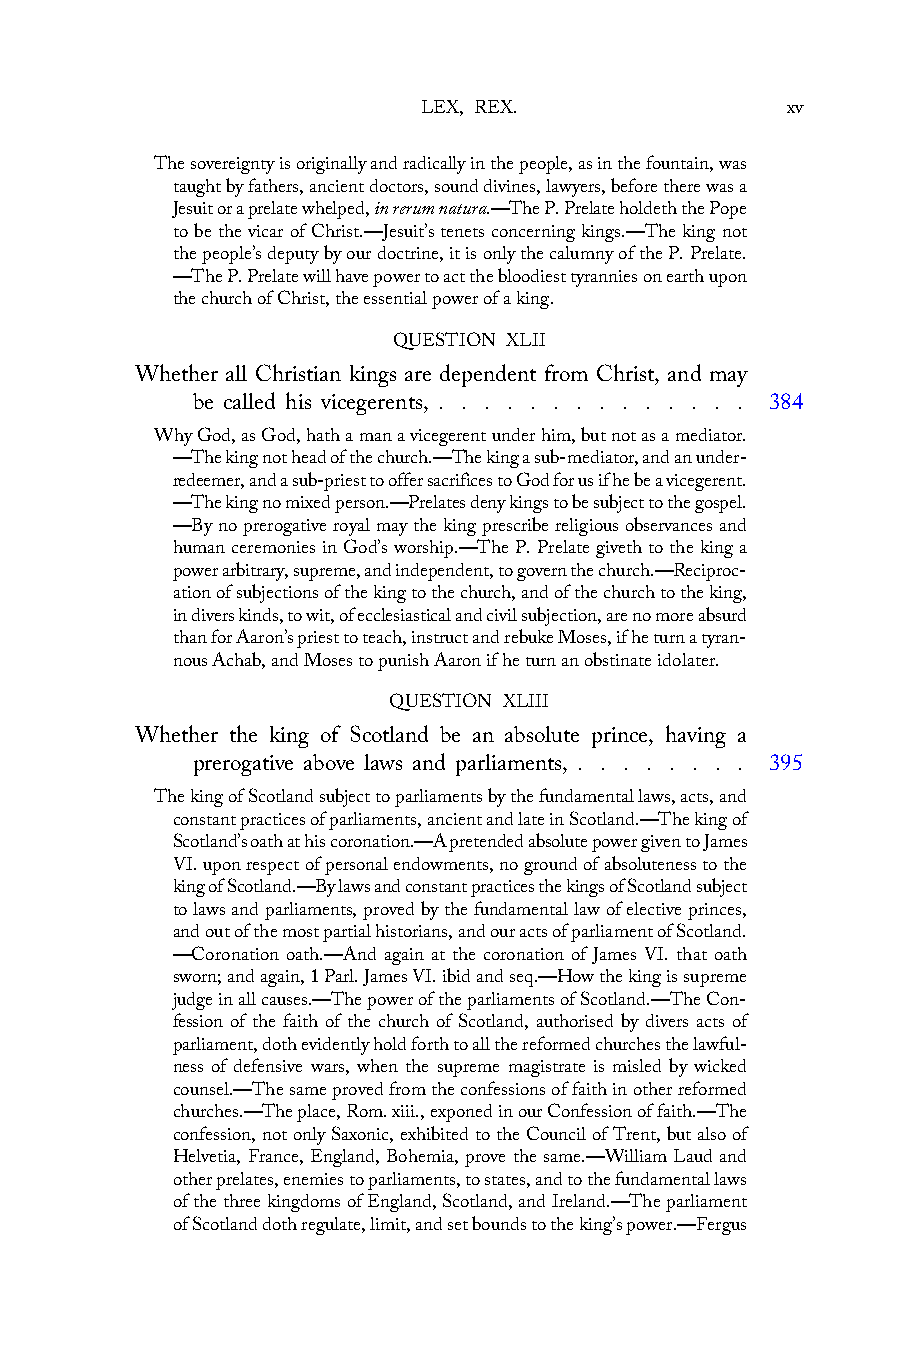
LEX, REX.               xv
 The sovereignty is originally and radically in the people, as in the fountain, was
 taught by fathers, ancient doctors, sound divines, lawyers, before there was a
 Jesuit or a prelate whelped, in rerum natura.—The P. Prelate holdeth the Pope
 to be the vicar of Christ.—Jesuit’s tenets concerning kings.—The king not
 the people’s deputy by our doctrine, it is only the calumny of the P. Prelate.
 —The P. Prelate will have power to act the bloodiest tyrannies on earth upon
 the church of Christ, the essential power of a king.
 QUESTION XLII
 Whether all Christian kings are dependent from Christ, and may
 be called his vicegerents, . . . . . . . . . . . . . . 384
 Why God, as God, hath a man a vicegerent under him, but not as a mediator.
 —The king not head of the church.—The king a sub-mediator, and an under-
 redeemer, and a sub-priest to offer sacrifices to God for us if he be a vicegerent.
 —The king no mixed person.—Prelates deny kings to be subject to the gospel.
 —By no prerogative royal may the king prescribe religious observances and
 human ceremonies in God’s worship.—The P. Prelate giveth to the king a
 power arbitrary, supreme, and independent, to govern the church.—Reciproc-
 ation of subjections of the king to the church, and of the church to the king,
 in divers kinds, to wit, of ecclesiastical and civil subjection, are no more absurd
 than for Aaron’s priest to teach, instruct and rebuke Moses, if he turn a tyran-
 nous Achab, and Moses to punish Aaron if he turn an obstinate idolater.
 QUESTION XLIII
 Whether the king of Scotland be an absolute prince, having a
 prerogative above laws and parliaments, . . . . . . . . 395
 The king of Scotland subject to parliaments by the fundamental laws, acts, and
 constant practices of parliaments, ancient and late in Scotland.—The king of
 Scotland’s oath at his coronation.—A pretended absolute power given to James
 VI. upon respect of personal endowments, no ground of absoluteness to the
 king of Scotland.—By laws and constant practices the kings of Scotland subject
 to laws and parliaments, proved by the fundamental law of elective princes,
 and out of the most partial historians, and our acts of parliament of Scotland.
 —Coronation oath.—And again at the coronation of James VI. that oath
 sworn; and again, 1 Parl. James VI. ibid and seq.—How the king is supreme
 judge in all causes.—The power of the parliaments of Scotland.—The Con-
 fession of the faith of the church of Scotland, authorised by divers acts of
 parliament, doth evidently hold forth to all the reformed churches the lawful-
 ness of defensive wars, when the supreme magistrate is misled by wicked
 counsel.—The same proved from the confessions of faith in other reformed
 churches.—The place, Rom. xiii., exponed in our Confession of faith.—The
 confession, not only Saxonic, exhibited to the Council of Trent, but also of
 Helvetia, France, England, Bohemia, prove the same.—William Laud and
 other prelates, enemies to parliaments, to states, and to the fundamental laws
 of the three kingdoms of England, Scotland, and Ireland.—The parliament
 of Scotland doth regulate, limit, and set bounds to the king’s power.—Fergus